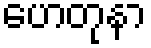
ဟေတုနာ